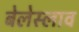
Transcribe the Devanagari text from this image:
बेलेस्लाव